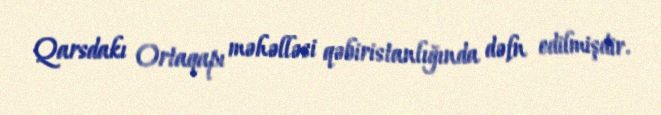
Qarsdakı Ortaqapı məhəlləsi qəbiristanlığında dəfn edilmişdir.